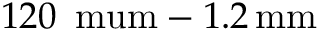
1 2 0 \, \mathrm { \ m u m } - 1 . 2 \, \mathrm { m m }